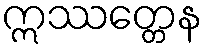
ဣဿတ္တေန